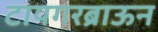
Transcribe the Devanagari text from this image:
टायगरब्राऊन